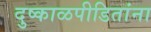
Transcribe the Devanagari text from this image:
दुष्काळपीडितांना